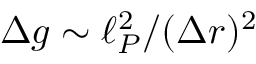
\Delta g \sim \ell _ { P } ^ { 2 } / ( \Delta r ) ^ { 2 }